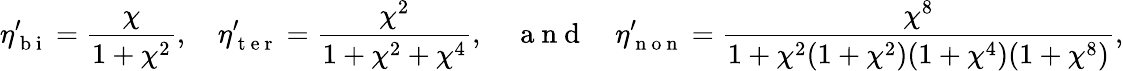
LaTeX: \eta_{\mathrm{~b~i~}}^{\prime}=\frac{\chi}{1+\chi^{2}},\quad\eta_{\mathrm{~t~e~r~}}^{\prime}=\frac{\chi^{2}}{1+\chi^{2}+\chi^{4}},\quad\mathrm{~a~n~d~}\quad\eta_{\mathrm{~n~o~n~}}^{\prime}=\frac{\chi^{8}}{1+\chi^{2}(1+\chi^{2})(1+\chi^{4})(1+\chi^{8})},